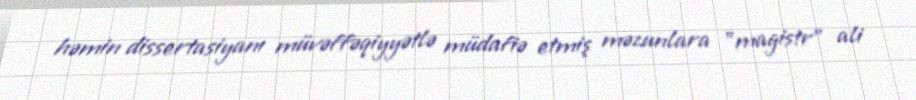
həmin dissertasiyanı müvəffəqiyyətlə müdafiə etmiş məzunlara "magistr" ali